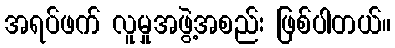
အရပ်ဖက် လူမှုအဖွဲ့အစည်း ဖြစ်ပါတယ်။